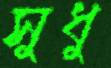
সুধু